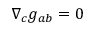
\nabla _ { c } g _ { a b } = 0